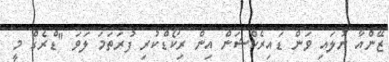
ޒޭންއާ ނުލައި ވަން ޑައިރެކްޝަން އިން ރިކޯޑްކުރި ފުރަތަމަ ލަވަ "ޑްރެގް މީ